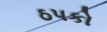
ઠપકો